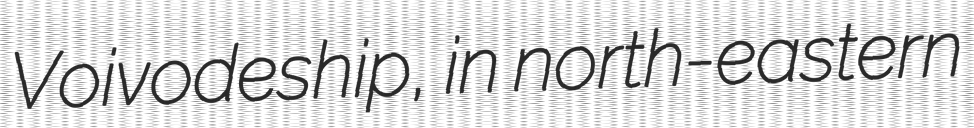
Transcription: Voivodeship, in north-eastern